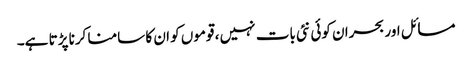
مسائل اور بحران کوئی نئی بات نہیں ، قوموں کو ان کا سامنا کرنا پڑتا ہے۔